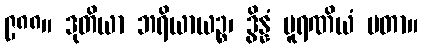
၉၈၈။ ဒုတိယာ ဘရိယာယဉ္စ၊ ဒွိန္နံ ပူရဏိယံ မတာ။